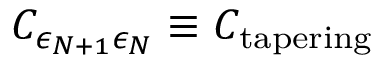
C _ { \epsilon _ { N + 1 } \epsilon _ { N } } \equiv C _ { \mathrm { t a p e r i n g } }